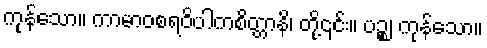
ကုန်သော။ ကာမာဝစရဝိပါကစိတ္တာနိ၊ တို့၎င်း။ ပဉ္စ၊ ကုန်သော။